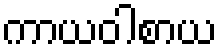
ကာယဝါစာယ